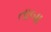
તાબા